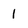
Character: 1